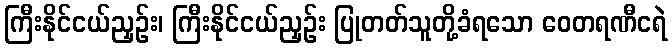
ကြီးနိုင်ငယ်ညှဉ်း၊ ကြီးနိုင်ငယ်ညှဉ်း ပြုတတ်သူတို့ခံရသော ဝေတရဏီငရဲ